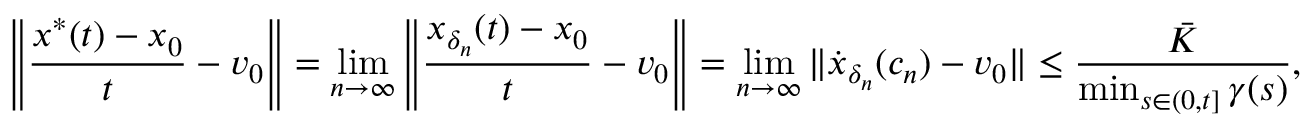
\left\| \frac { x ^ { * } ( t ) - x _ { 0 } } { t } - v _ { 0 } \right\| = \operatorname* { l i m } _ { n \to \infty } \left\| \frac { x _ { \delta _ { n } } ( t ) - x _ { 0 } } { t } - v _ { 0 } \right\| = \operatorname* { l i m } _ { n \to \infty } \| \dot { x } _ { \delta _ { n } } ( c _ { n } ) - v _ { 0 } \| \le \frac { \bar { K } } { \operatorname* { m i n } _ { s \in ( 0 , t ] } \gamma ( s ) } ,